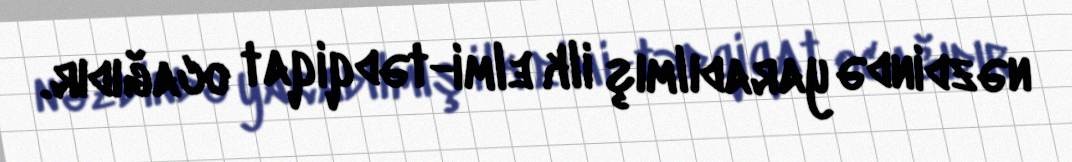
nəzdində yaradılmış ilk elmi-tədqiqat ocağıdır.